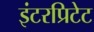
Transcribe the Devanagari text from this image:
इंटरप्रिटेट